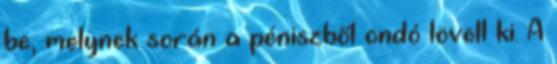
be, melynek során a péniszből ondó lövell ki. A